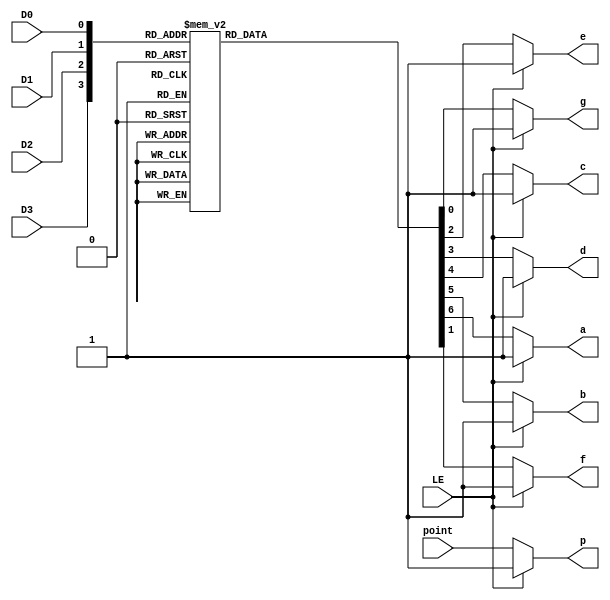
`timescale 1ns / 1ps
//////////////////////////////////////////////////////////////////////////////////
// Company: 
// Engineer: 
// 
// Design Name: 
// Module Name:    MyMC14495 
// Project Name: 
// Target Devices: 
// Tool versions: 
// Description: 
//
// Dependencies: 
//
// Revision: 
// Revision 0.01 - File Created
// Additional Comments: 
//
//////////////////////////////////////////////////////////////////////////////////
module MyMC14495(
    input D0,
    input D1,
    input D2,
    input D3,
    input point,
    input LE,
    output reg p,
    output reg a,
    output reg b,
    output reg c,
    output reg d,
    output reg e,
    output reg f,
    output reg g
);

//  D3D2D1D0  4 
wire [3:0] hexValue;
assign hexValue = {D3, D2, D1, D0};

//  BI/LE 
always @(hexValue, point, LE) begin
    case(hexValue)
			4'b0000: {a, b, c, d, e, f, g} = 8'b0000001;
			4'b0001: {a, b, c, d, e, f, g} = 8'b1001111;
			4'b0010: {a, b, c, d, e, f, g} = 8'b0010010;
			4'b0011: {a, b, c, d, e, f, g} = 8'b0000110;
			4'b0100: {a, b, c, d, e, f, g} = 8'b1001100;
			4'b0101: {a, b, c, d, e, f, g} = 8'b0100100;
			4'b0110: {a, b, c, d, e, f, g} = 8'b0100000;
			4'b0111: {a, b, c, d, e, f, g} = 8'b0001111;
			4'b1000: {a, b, c, d, e, f, g} = 8'b0000000;
			4'b1001: {a, b, c, d, e, f, g} = 8'b0000100;
			4'b1010: {a, b, c, d, e, f, g} = 8'b0001000;
			4'b1011: {a, b, c, d, e, f, g} = 8'b1100000;
			4'b1100: {a, b, c, d, e, f, g} = 8'b0110001;
			4'b1101: {a, b, c, d, e, f, g} = 8'b1000010;
			4'b1110: {a, b, c, d, e, f, g} = 8'b0110000;
			4'b1111: {a, b, c, d, e, f, g} = 8'b0111000;
        default: {a, b, c, d, e, f, g} = 8'b0000000;
    endcase
	 
	 p = point;
    if (LE == 1) begin
        {p, a, b, c, d, e, f, g} = 8'b11111111;
    end
end

endmodule